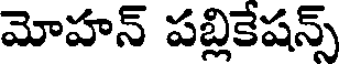
మోహన్ పబ్లికేషన్స్